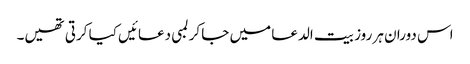
اس دوران ہر روز بیت الدعا میں جا کر لمبی دعائیں کیا کرتی تھیں۔